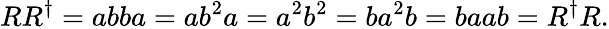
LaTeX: RR^{\dagger}=abba=ab^{2}a=a^{2}b^{2}=ba^{2}b=baab=R^{\dagger}R.